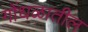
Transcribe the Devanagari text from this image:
गोंधळातील